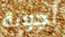
أجوبة